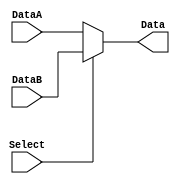
`timescale 1ns / 1ps
//////////////////////////////////////////////////////////////////////////////////
// Company: 
// Engineer: 
// 
// Design Name: 
// Module Name: select32bits
// Project Name: 
// Target Devices: 
// Tool Versions: 
// Description: 
// 
// Dependencies: 
// 
// Revision:
// Revision 0.01 - File Created
// Additional Comments:
// 
//////////////////////////////////////////////////////////////////////////////////


/*
32     ALUdata
input:
        Select: 
output:
        Data: 
*/

module Select32bits(Select, DataA, DataB, Data);
input Select;
input [31:0] DataA, DataB;
output [31:0] Data;
    assign Data = Select?DataB:DataA;
endmodule